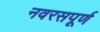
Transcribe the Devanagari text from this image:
नवरसपूर्ण